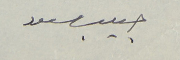
حبيب مسعود